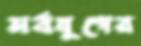
সর্বযুগের